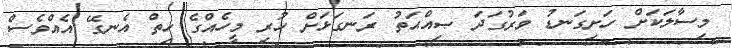
މިސާލަކަށް ހަށިގަނޑު ވަރުގަދަ ޞިއްޙަތު ރަނގަޅަށް ހުރި މީހެއްގެ ހިތް އެނގޭ އެއްވެސް